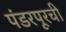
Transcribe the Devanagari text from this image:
पंडरपूरची